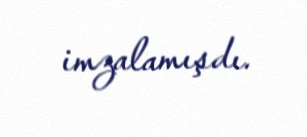
imzalamışdı.